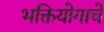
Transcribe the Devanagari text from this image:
भक्तियोगाचे